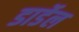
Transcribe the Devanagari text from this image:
डार्डेल